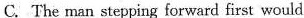
C.The man stepping forward first would